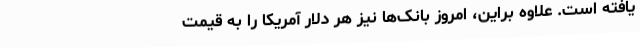
یافته است. علاوه براین، امروز بانک‌ها نیز هر دلار آمریکا را به قیمت